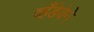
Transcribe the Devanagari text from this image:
व्हँडेवेने